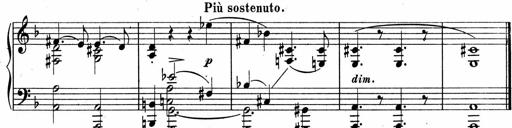
Title: Sonatina No.5
Composer: Otto Stoll
Key: F-sharp minor